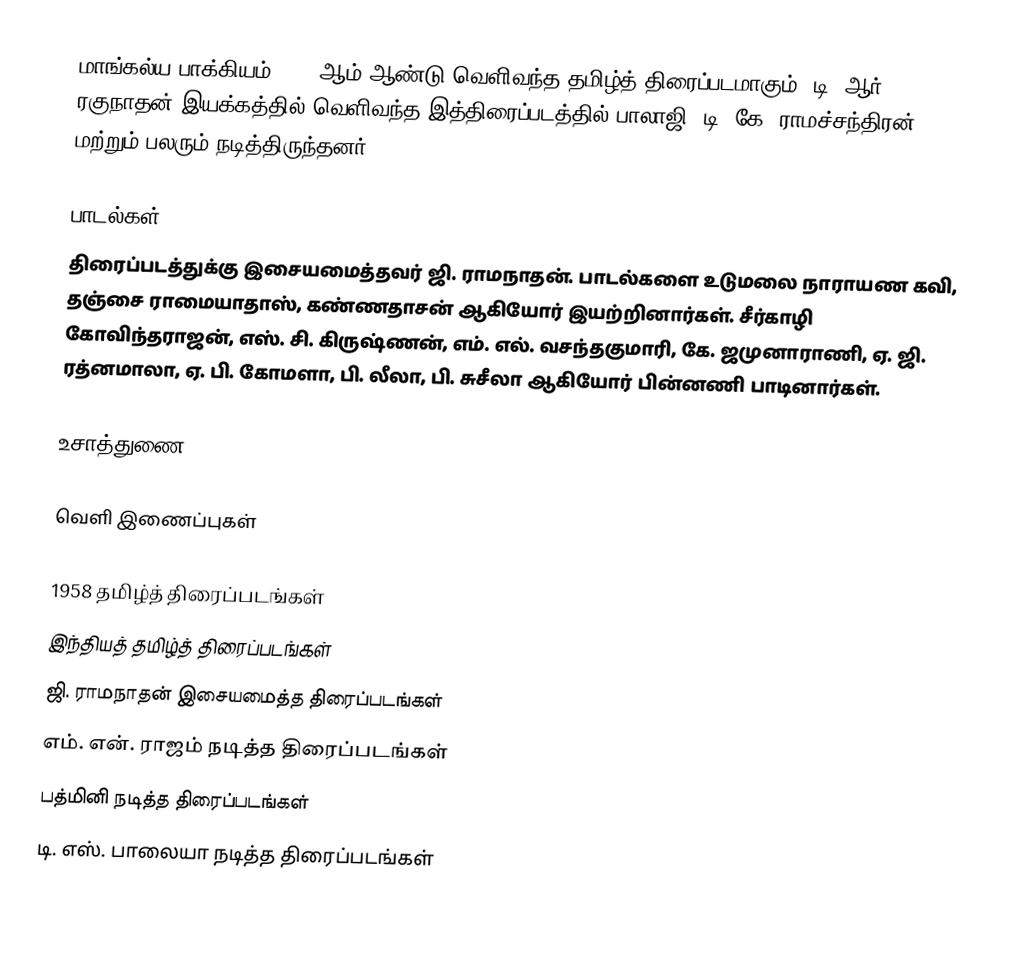
மாங்கல்ய பாக்கியம் 1958 ஆம் ஆண்டு வெளிவந்த தமிழ்த் திரைப்படமாகும். டி. ஆர். ரகுநாதன் இயக்கத்தில் வெளிவந்த இத்திரைப்படத்தில் பாலாஜி, டி. கே. ராமச்சந்திரன் மற்றும் பலரும் நடித்திருந்தனர்.

பாடல்கள்
திரைப்படத்துக்கு இசையமைத்தவர் ஜி. ராமநாதன். பாடல்களை உடுமலை நாராயண கவி, தஞ்சை ராமையாதாஸ், கண்ணதாசன் ஆகியோர் இயற்றினார்கள். சீர்காழி கோவிந்தராஜன், எஸ். சி. கிருஷ்ணன், எம். எல். வசந்தகுமாரி, கே. ஜமுனாராணி, ஏ. ஜி. ரத்னமாலா, ஏ. பி. கோமளா, பி. லீலா, பி. சுசீலா ஆகியோர் பின்னணி பாடினார்கள்.

உசாத்துணை

வெளி இணைப்புகள்

1958 தமிழ்த் திரைப்படங்கள்
இந்தியத் தமிழ்த் திரைப்படங்கள்
ஜி. ராமநாதன் இசையமைத்த திரைப்படங்கள்
எம். என். ராஜம் நடித்த திரைப்படங்கள்
பத்மினி நடித்த திரைப்படங்கள்
டி. எஸ். பாலையா நடித்த திரைப்படங்கள்